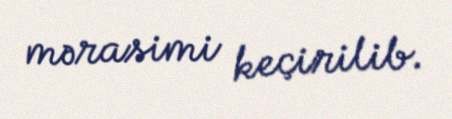
mərasimi keçirilib.